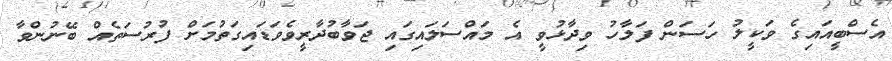
އެސްބީއައިގެ ވަކީލު ހަސަން ފަލާހު ވިދާޅުވީ އެ މައްސަލައިގައި ޖަވާބުދާރީވެވަޑައިގަތުމަށް ފުރުސަތެއް ބޭނުންވާ